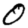
Digit: 0